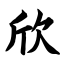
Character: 欣